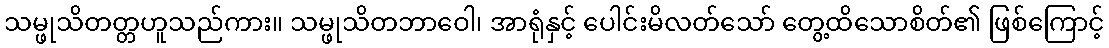
သမ္ဖုသိတတ္တဟူသည်ကား။ သမ္ဖုသိတဘာဝေါ၊ အာရုံနှင့် ပေါင်းမိလတ်သော် တွေ့ထိသောစိတ်၏ ဖြစ်ကြောင့်